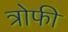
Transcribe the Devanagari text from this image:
त्रोफी